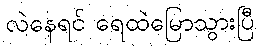
လဲနေရင် ရေထဲမြောသွားပြီ